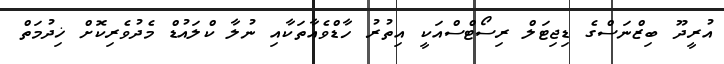
އުރީދޫ ބިޒްނަސްގެ ޑިޖިޓަލް ރިސޯޓްސްއަކީ އިތުރު ހާޑްވެއާތަކާއި ނުލާ ކްލައުޑް މެދުވެރިކޮށް ޚިދުމަތް